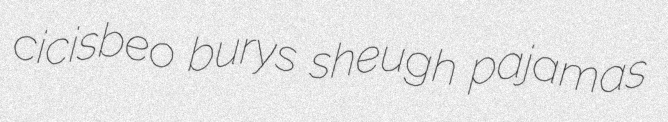
cicisbeo burys sheugh pajamas